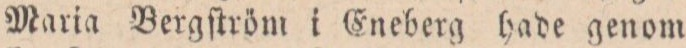
Maria Bergſtröm i Eneberg hade genom